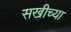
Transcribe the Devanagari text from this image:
सखीच्या